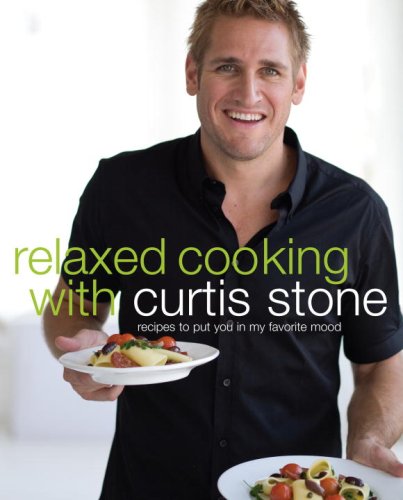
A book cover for Relaxed Cooking with Curtis Stone: Recipes to Put You in My Favorite Mood; Curtis Stone; Cookbooks, Food & Wine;